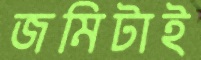
জমিটাই